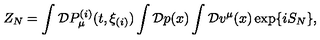
Z _ { N } = \int { \cal D } P _ { \mu } ^ { ( i ) } ( t , \xi _ { ( i ) } ) \int { \cal D } p ( x ) \int { \cal D } v ^ { \mu } ( x ) \exp \{ i S _ { N } \} ,